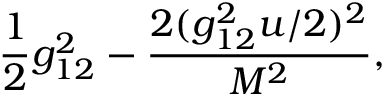
{ \frac { 1 } { 2 } } g _ { 1 2 } ^ { 2 } - { \frac { 2 ( g _ { 1 2 } ^ { 2 } u / 2 ) ^ { 2 } } { M ^ { 2 } } } ,